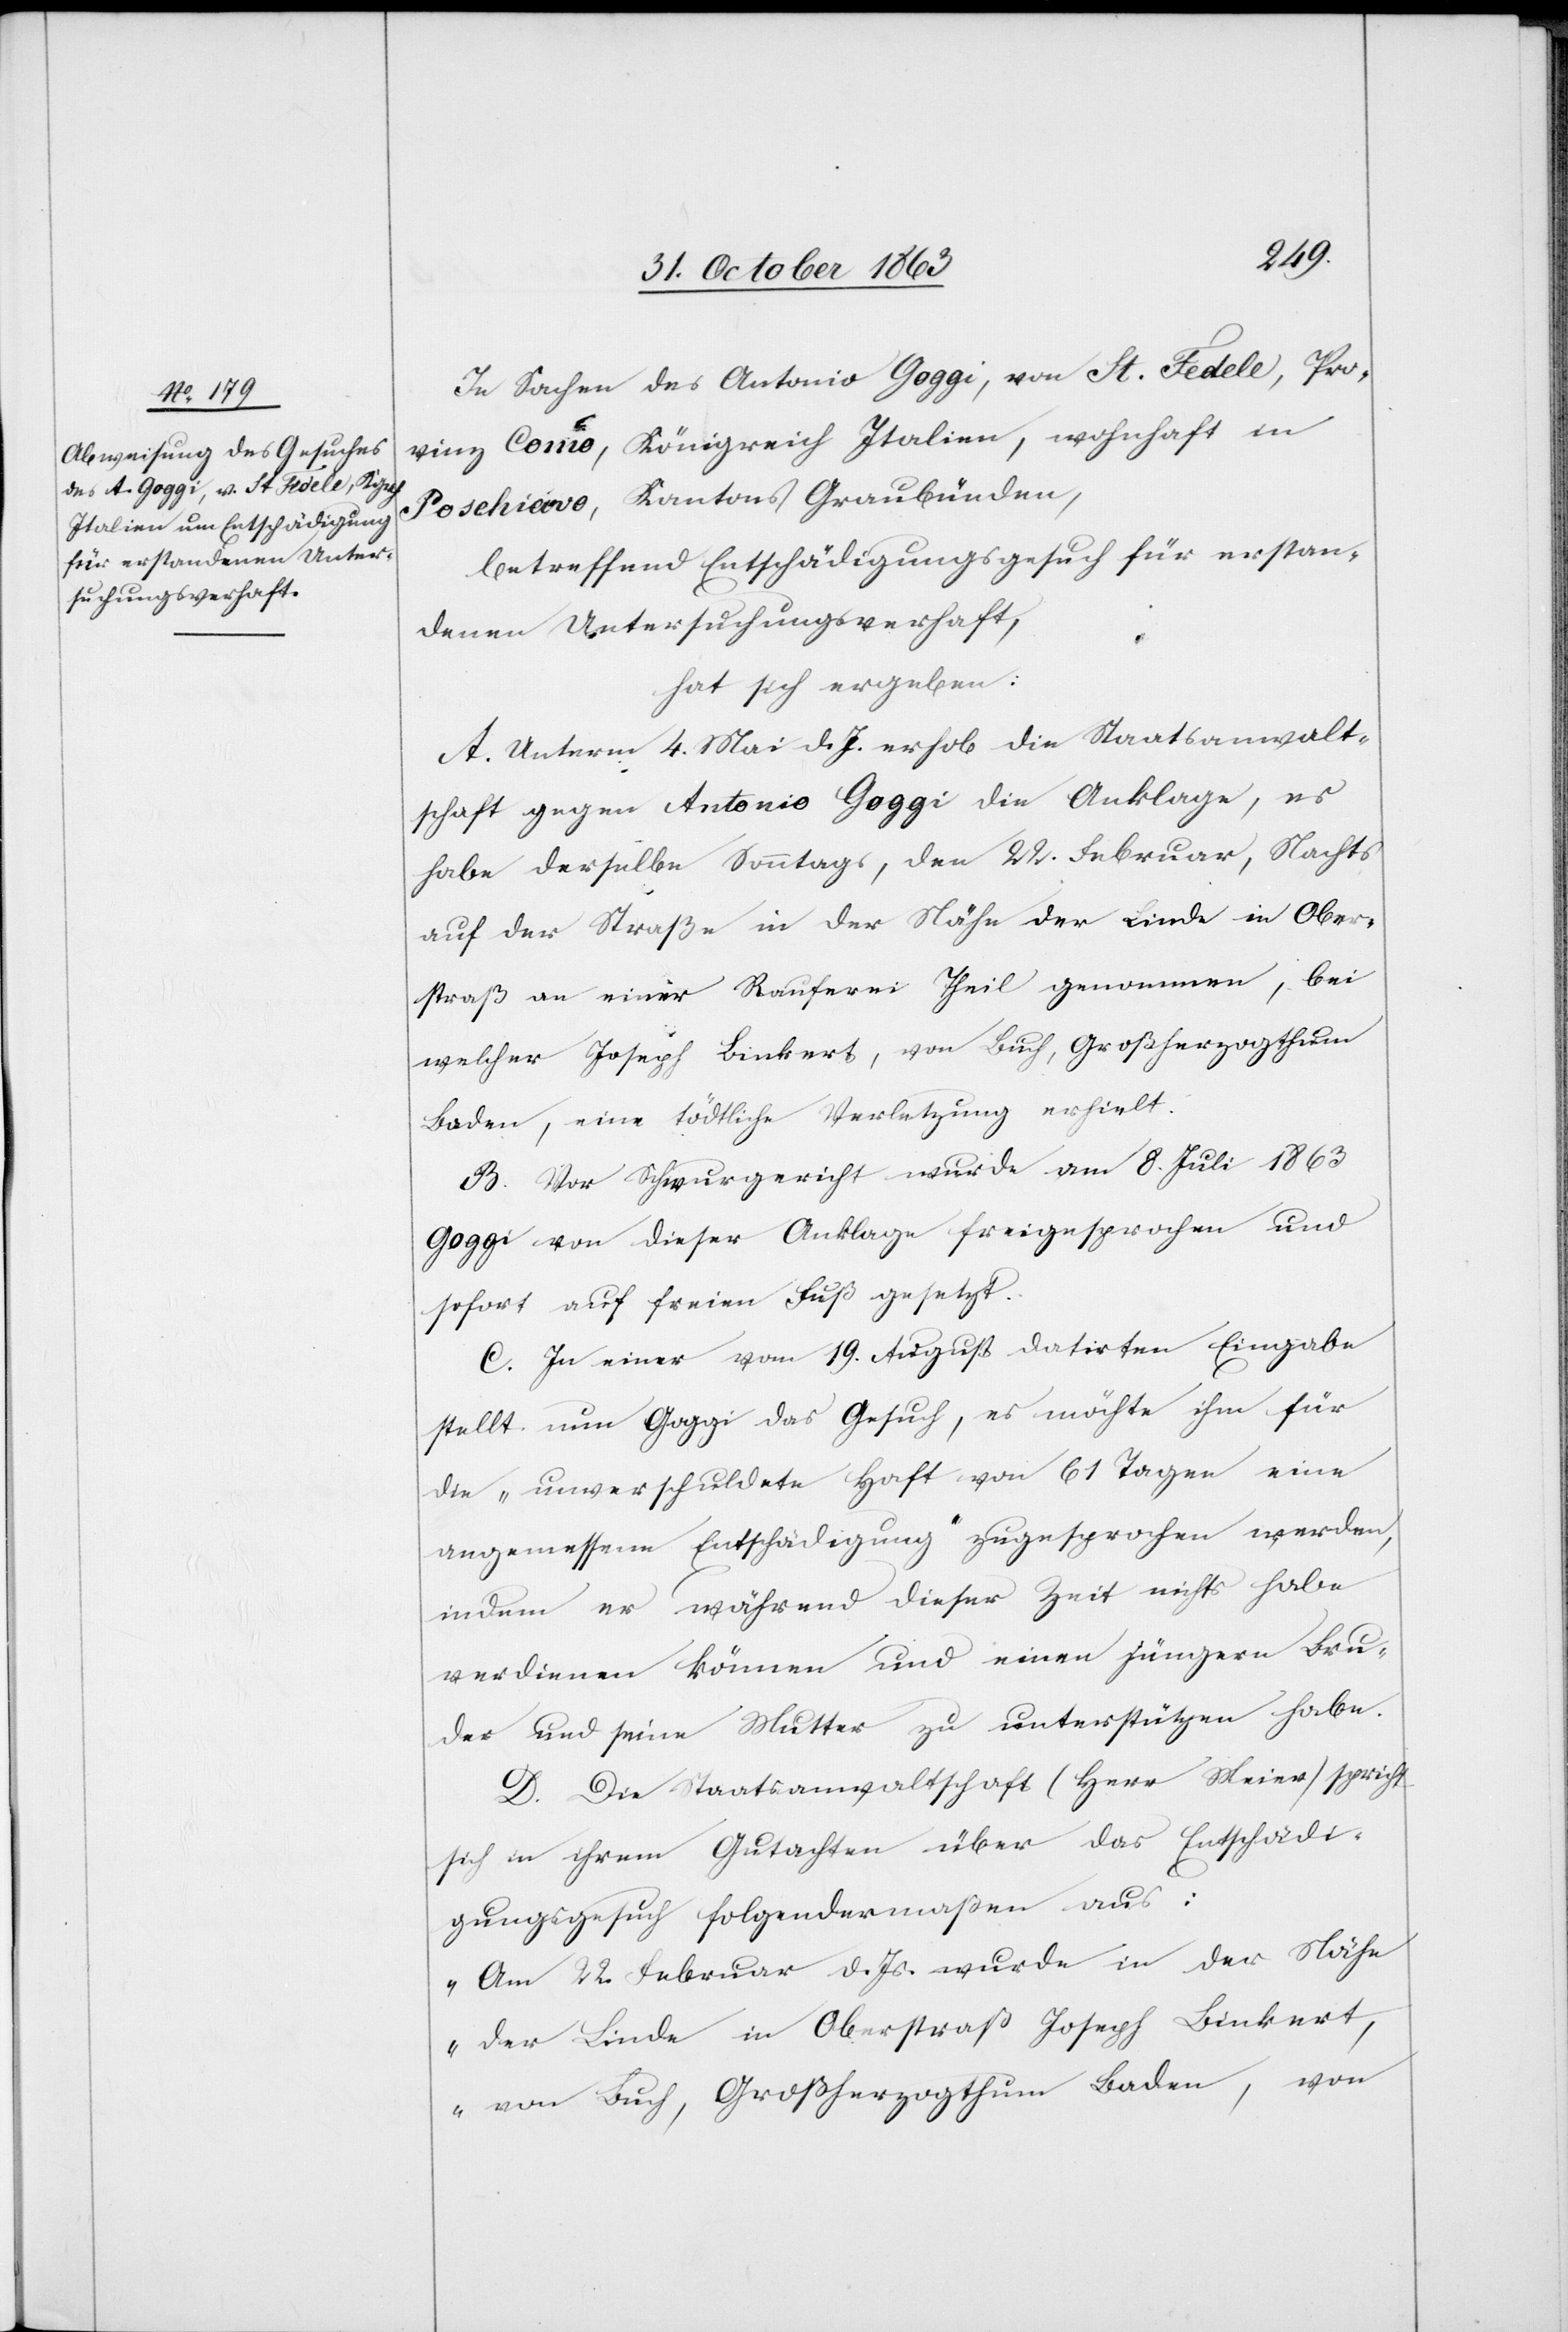
In Sachen des Antonio Goggi, von St. Fedele, Pro¬
vinz Comó, Königreich Italien, wohnhaft in
Poschiavo, Kantons Graubünden,
betreffend Entschädigungsgesuch für erstan¬
denen Untersuchungsverhaft,
hat sich ergeben:
A. Unterm 4. Mai d. Js. erhob die Staatsanwalt¬
schaft gegen Antonio Goggi die Anklage, es
habe derselbe Sonntags, den 22. Februar, Nachts
auf der Straße in der Nähe der Linde in Ober¬
straß an einer Rauferei Theil genommen, bei
welcher Joseph Binkert, von Buch, Großherzogthum
Baden, eine tödtliche Verletzung erhielt.
B. Vor Schwurgericht wurde am 8. Juli 1863
Goggi von dieser Anklage freigesprochen und
sofort auf freien Fuß gesetzt.
C. In einer vom 19. August datirten Eingabe
stellt nun Goggi das Gesuch, es möchte ihm für
die „unverschuldete Haft von 61 Tagen eine
angemessene Entschädigung“ zugesprochen werden,
indem er während dieser Zeit nichts habe
verdienen können und einen jüngern Bru¬
der und seine Mutter zu unterstützen habe.
D. Die Staatsanwaltschaft (Herr Meier) spricht
sich in ihrem Gutachten über das Entschädi¬
gungsgesuch folgendermaßen aus:
„Am 22. Februar d. Js. wurde in der Nähe
der Linde in Oberstraß Joseph Binkert,
von Buch, Großherzogthum Baden, von